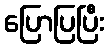
ပြောပြပြီး